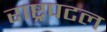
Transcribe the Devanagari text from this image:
राष्ट्रपटल